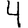
Digit: 4